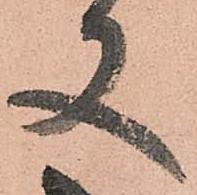
又